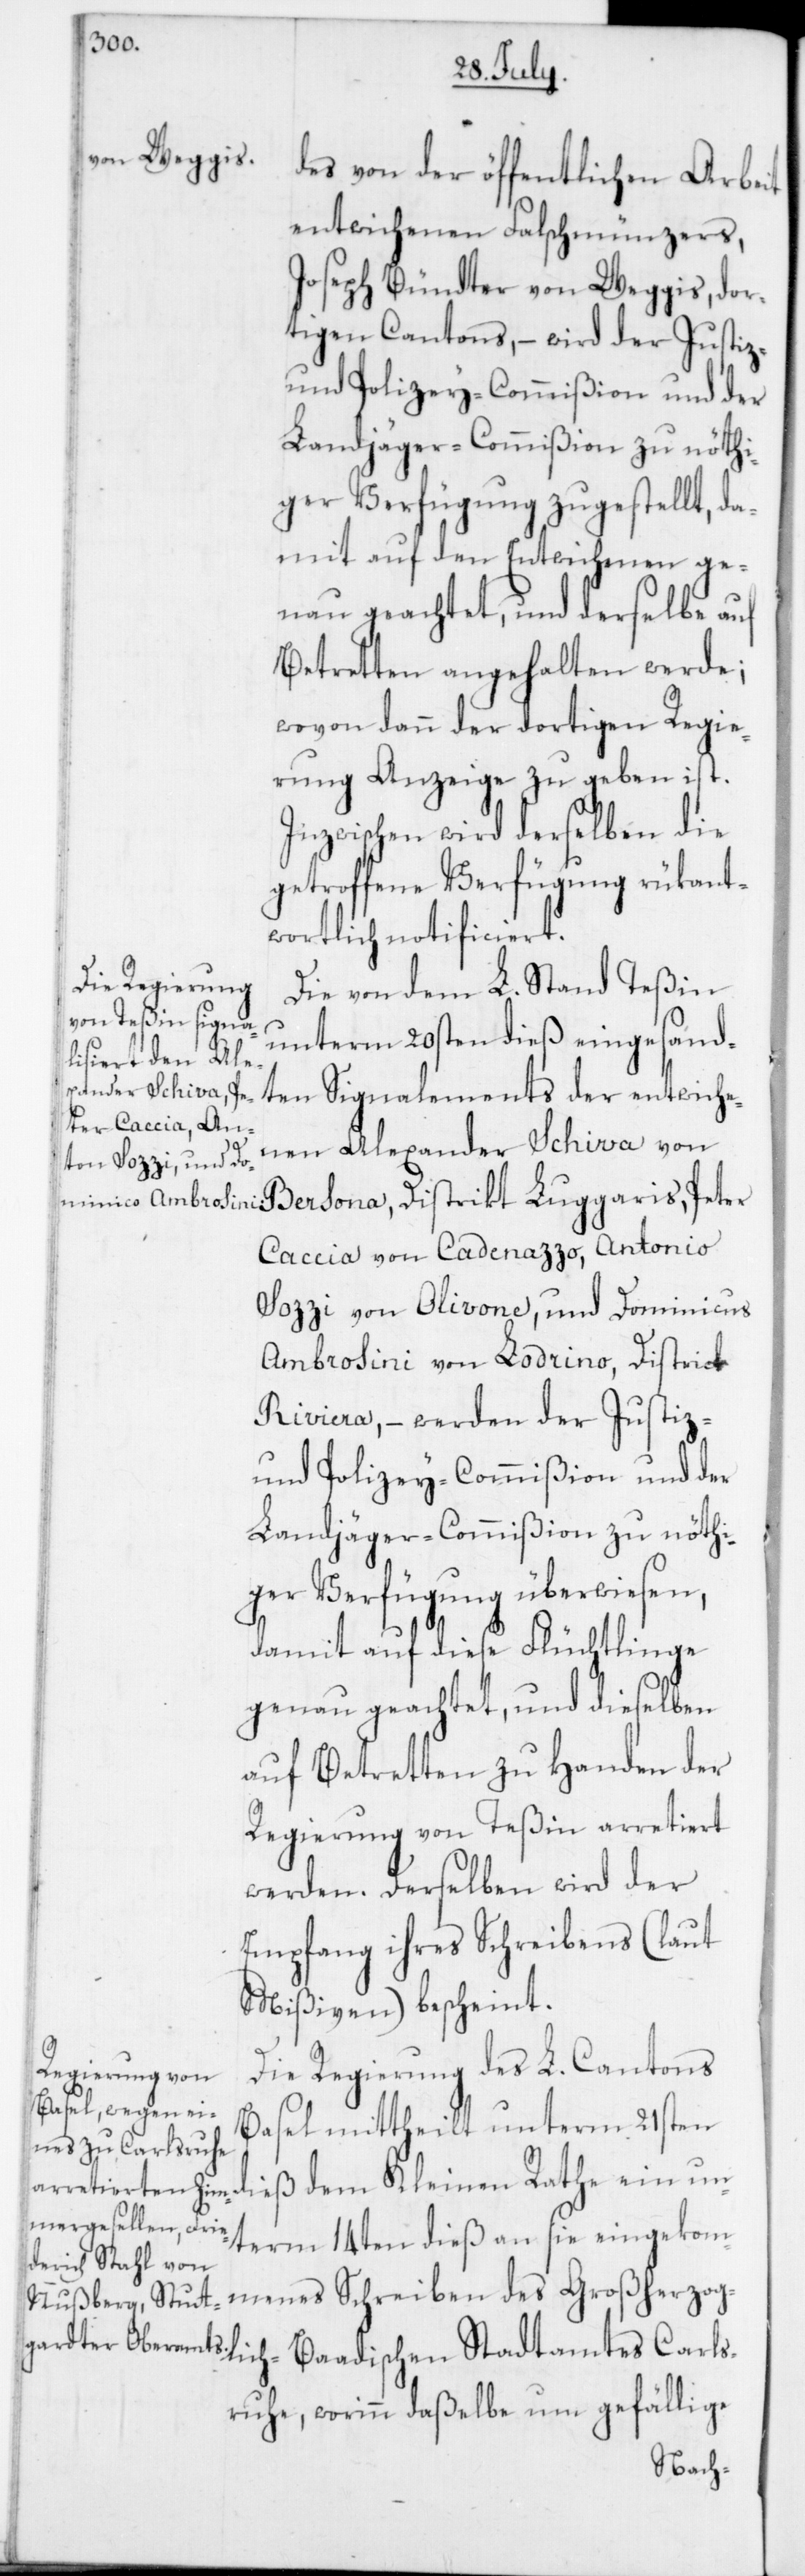
des von der öffentlichen Arbeit
entwichenen Falschmünzers,
Joseph Bündter von Weggis, dor¬
tigen Cantons, – wird der Justiz-
und Polizey-Commißion und der
Landjäger-Commißion zu nöthi¬
ger Verfügung zugestellt, da¬
mit auf den Entwichenen ge¬
nau geachtet, und derselbe auf
Betretten angehalten werde;
wovon dann der dortigen Regie¬
rung Anzeige zu geben ist.
Inzwischen wird derselben die
getroffene Verfügung rükant¬
wortlich notificiert.
Die von dem L. Stand Teßin
unterm 20sten dieß eingesand¬
ten Signalements der entwiche¬
lich-Baadischen
nen Alexander Schiva von
Bersona, Distrikt Luggaris; Peter
Caccia von Cadenazzo; Antonio
Sozzi von Olivone; und Dominicus
Ambrosini von Lodrino, District
Riviera, – werden der Justiz-
und Polizey-Commißion und der
Landjäger-Commißion zu nöthi¬
ger Verfügung überwiesen,
damit auf diese Flüchtlinge
genau geachtet und dieselben
auf Betretten zu Handen der
Regierung von Teßin arretiert
werden. Derselben wird der
Empfang ihres Schreibens (laut
Mißiven) bescheint.
Die Regierung des L. Cantons
Basel mittheilt unterm 21sten
dieß dem Kleinen Rathe ein un¬
term 14ten dieß an sie eingekom¬
menes Schreiben des Großherzog¬
sruhe, worinn daßelbe um gefällige
Carl¬